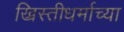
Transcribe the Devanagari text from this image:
ख्रिस्तीधर्माच्या